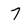
Character: 7